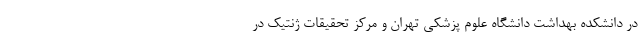
در دانشکده بهداشت دانشگاه علوم پزشکی تهران و مرکز تحقیقات ژنتیک در